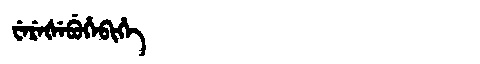
Manchu: ᠸᡝᡵᡝᡧᡝᠪᡠᡥᡝᠪᡳᡥᡝ
Romanization: WEREŠEBUHEBIHE